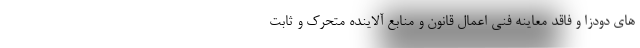
های دودزا و فاقد معاینه فنی اعمال قانون و منابع آلاینده متحرک و ثابت